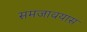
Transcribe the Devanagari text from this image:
समजावयास